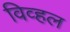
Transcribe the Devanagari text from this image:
विव्हल